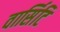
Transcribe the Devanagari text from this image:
वार्सिटि